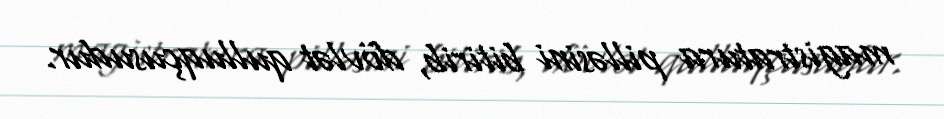
magistratura pilləsini bitirib, dövlət qulluqçusudur.